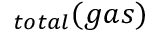
_ { t o t a l } ( g a s )